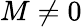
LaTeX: M\neq 0